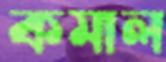
কমাল